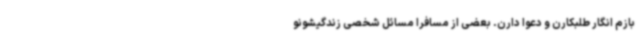
بازم انگار طلبکارن و دعوا دارن. بعضی از مسافرا مسائل شخصی زندگیشونو